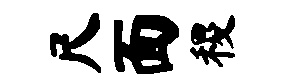
尺面稷